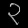
Digit: ၃